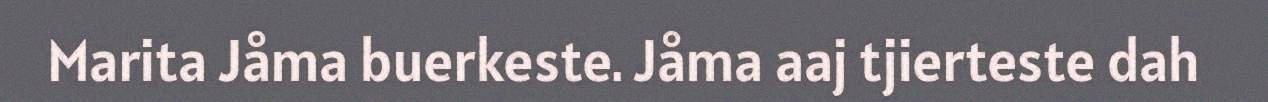
Marita Jåma buerkeste. Jåma aaj tjierteste dah